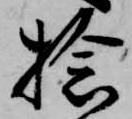
捻